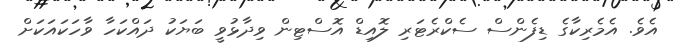
އެވެ. އެމެރިކާގެ ޑިފެންސް ސެކްރެޓަރި ލޮއިޑް އޮސްޓިން ވިދާޅުވީ ބަޔަކު ދައްކަހާ ވާހަކައަކަށް